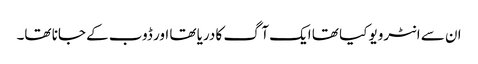
ان سے انٹرویو کیا تھا ایک آگ کا دریا تھا اور ڈوب کے جانا تھا۔